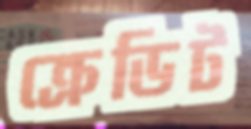
ক্রেডিট